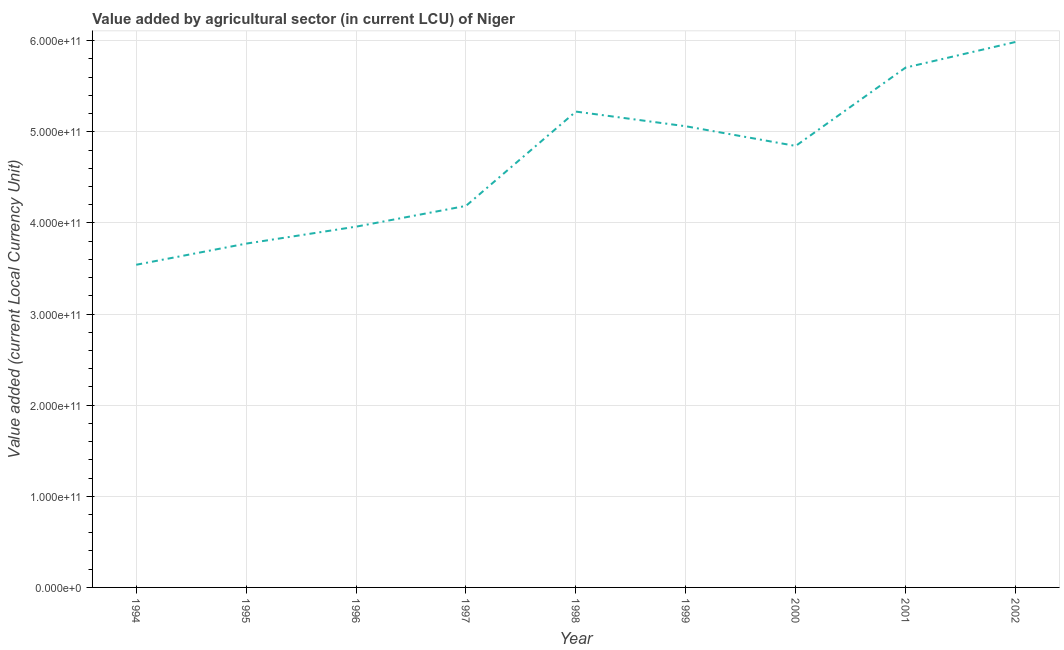
| Year | Agriculture |
 | --- | --- |
 | 1994 | 3.54e+11 |
 | 1995 | 3.77e+11 |
 | 1996 | 3.96e+11 |
 | 1997 | 4.19e+11 |
 | 1998 | 5.22e+11 |
 | 1999 | 5.06e+11 |
 | 2000 | 4.84e+11 |
 | 2001 | 5.70e+11 |
 | 2002 | 5.99e+11 |